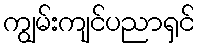
ကျွမ်းကျင်ပညာရှင်